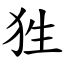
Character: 狌